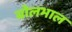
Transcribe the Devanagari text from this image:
बोलभाल